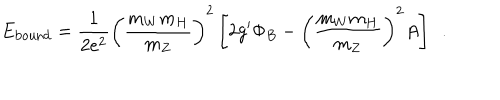
LaTeX: E _ { \mathrm { b o u n d } } = \frac { 1 } { 2 e ^ { 2 } } \left( \frac { m _ { W } m _ { H } } { m _ { Z } } \right) ^ { 2 } \left[ 2 g ^ { \prime } \Phi _ { B } - \left( \frac { m _ { W } m _ { H } } { m _ { Z } } \right) ^ { 2 } A \right] ~ ~ .